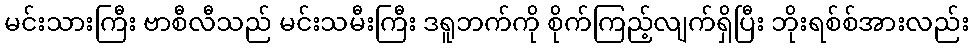
မင်းသားကြီး ဗာစီလီသည် မင်းသမီးကြီး ဒရူဘက်ကို စိုက်ကြည့်လျက်ရှိပြီး ဘိုးရစ်စ်အားလည်း